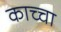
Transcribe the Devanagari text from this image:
काच्चा